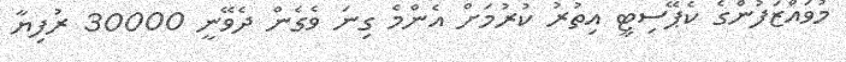
މުވައްޒަފުންގެ ކެޕޭސިޓީ އިތުރު ކުރުމަށް އެންމެ ގިނަ ވެގެން ދެވޭނީ 30000 ރުފިޔާ